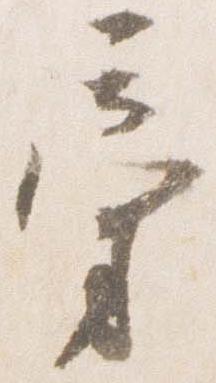
旁